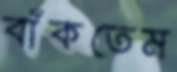
বাঁকতেম